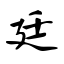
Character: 廷